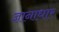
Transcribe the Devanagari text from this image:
ज्ञानाधार